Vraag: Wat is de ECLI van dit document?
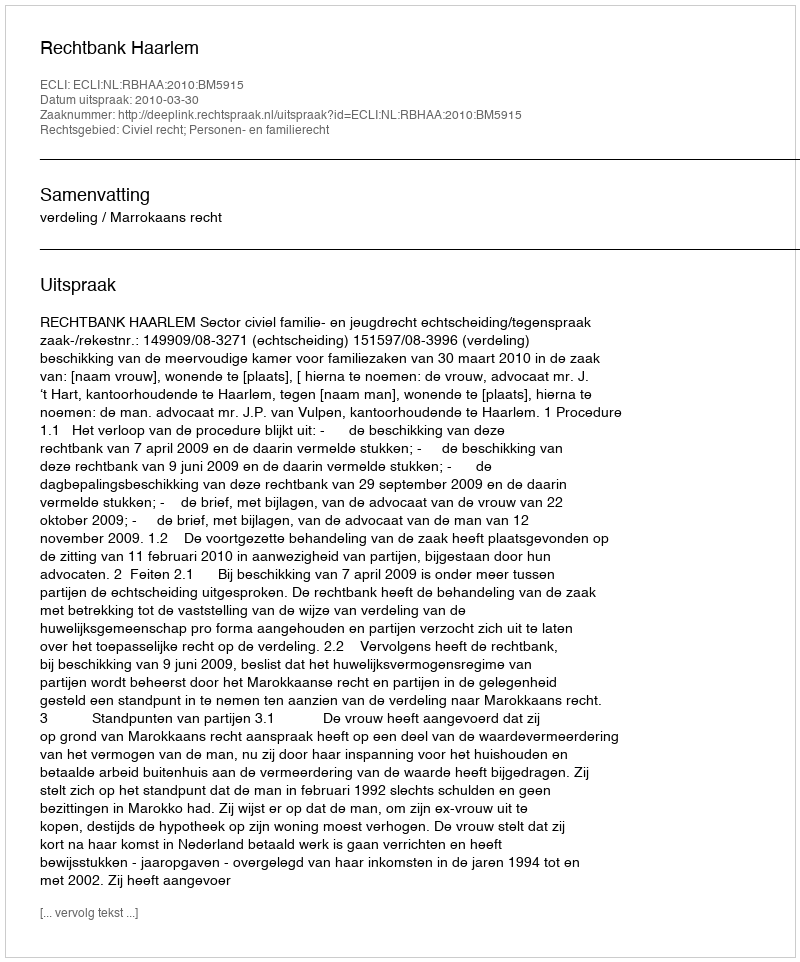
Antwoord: ECLI:NL:RBHAA:2010:BM5915